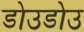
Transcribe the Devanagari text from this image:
डोउडोउ